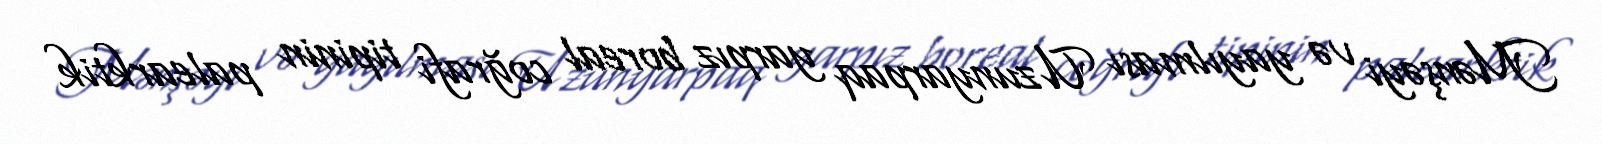
Mənşəyi və yayılması Uzunyarpaq yarpız boreal coğrafi tipinin palearktik